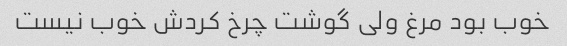
خوب بود مرغ ولی گوشت چرخ کردش خوب نیست